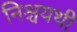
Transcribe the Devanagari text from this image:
निश्चयथी